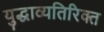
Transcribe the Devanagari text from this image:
युद्धाव्यतिरिक्त